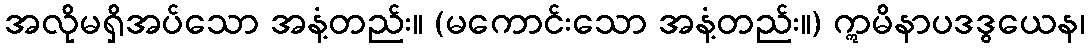
အလိုမရှိအပ်သော အနံ့တည်း။ (မကောင်းသော အနံ့တည်း။) ဣမိနာပဒဒွယေန၊